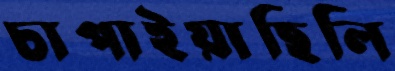
চাপাইয়াছিলি